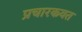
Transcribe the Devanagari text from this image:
प्रचारकवत